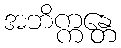
အဘိက္ကန္တေ